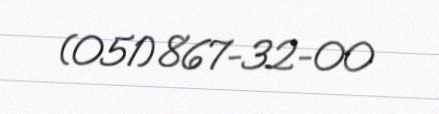
(051) 867-32-00